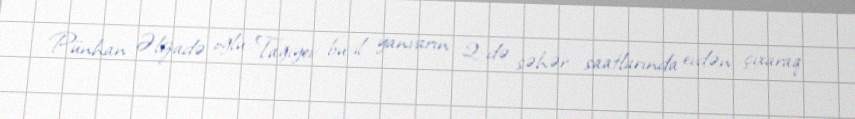
Pünhan Əlizadə oğlu Tağıyev bu il yanvarın 2-də səhər saatlarında evdən çıxaraq